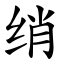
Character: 绡